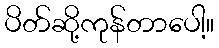
ပိတ်ဆို့ကုန်တာပေါ့။